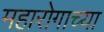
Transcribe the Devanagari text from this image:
महारोगाच्या